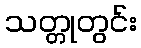
သတ္တုတွင်း